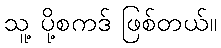
သူ့ ပို့စကဒ် ဖြစ်တယ်။